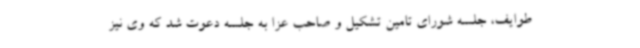
طوایف، جلسه شورای تامین تشکیل و صاحب عزا به جلسه دعوت شد که وی نیز